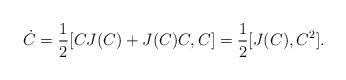
LaTeX: \begin{align*} \dot{C}=\frac{1}{2}[CJ(C)+J(C)C,C]=\frac{1}{2}[J(C),C^2].\end{align*}